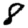
Digit: 8